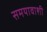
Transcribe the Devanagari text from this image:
समयावाशी